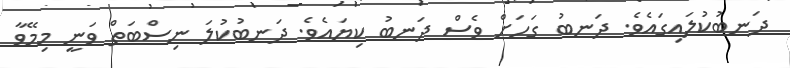
ދަނބުކުލައިގައެވެ. ދަނބު ގަހަށް ވެސް ދަނބު ކިޔައެވެ. ދަނބުކުލަ ނިސްބަތް ވަނީ މިމޭވާ